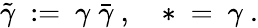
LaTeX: \tilde{\gamma}\ :=\ \gamma\; \bar{\gamma}\ ,\quad*\ =\ \gamma\ .